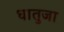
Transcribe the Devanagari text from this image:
धातुजा